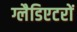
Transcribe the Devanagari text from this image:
ग्लैडिएटरों